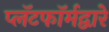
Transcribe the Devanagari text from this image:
प्लॅटफॉर्मद्वारे